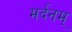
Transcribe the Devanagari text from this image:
मर्दनम्